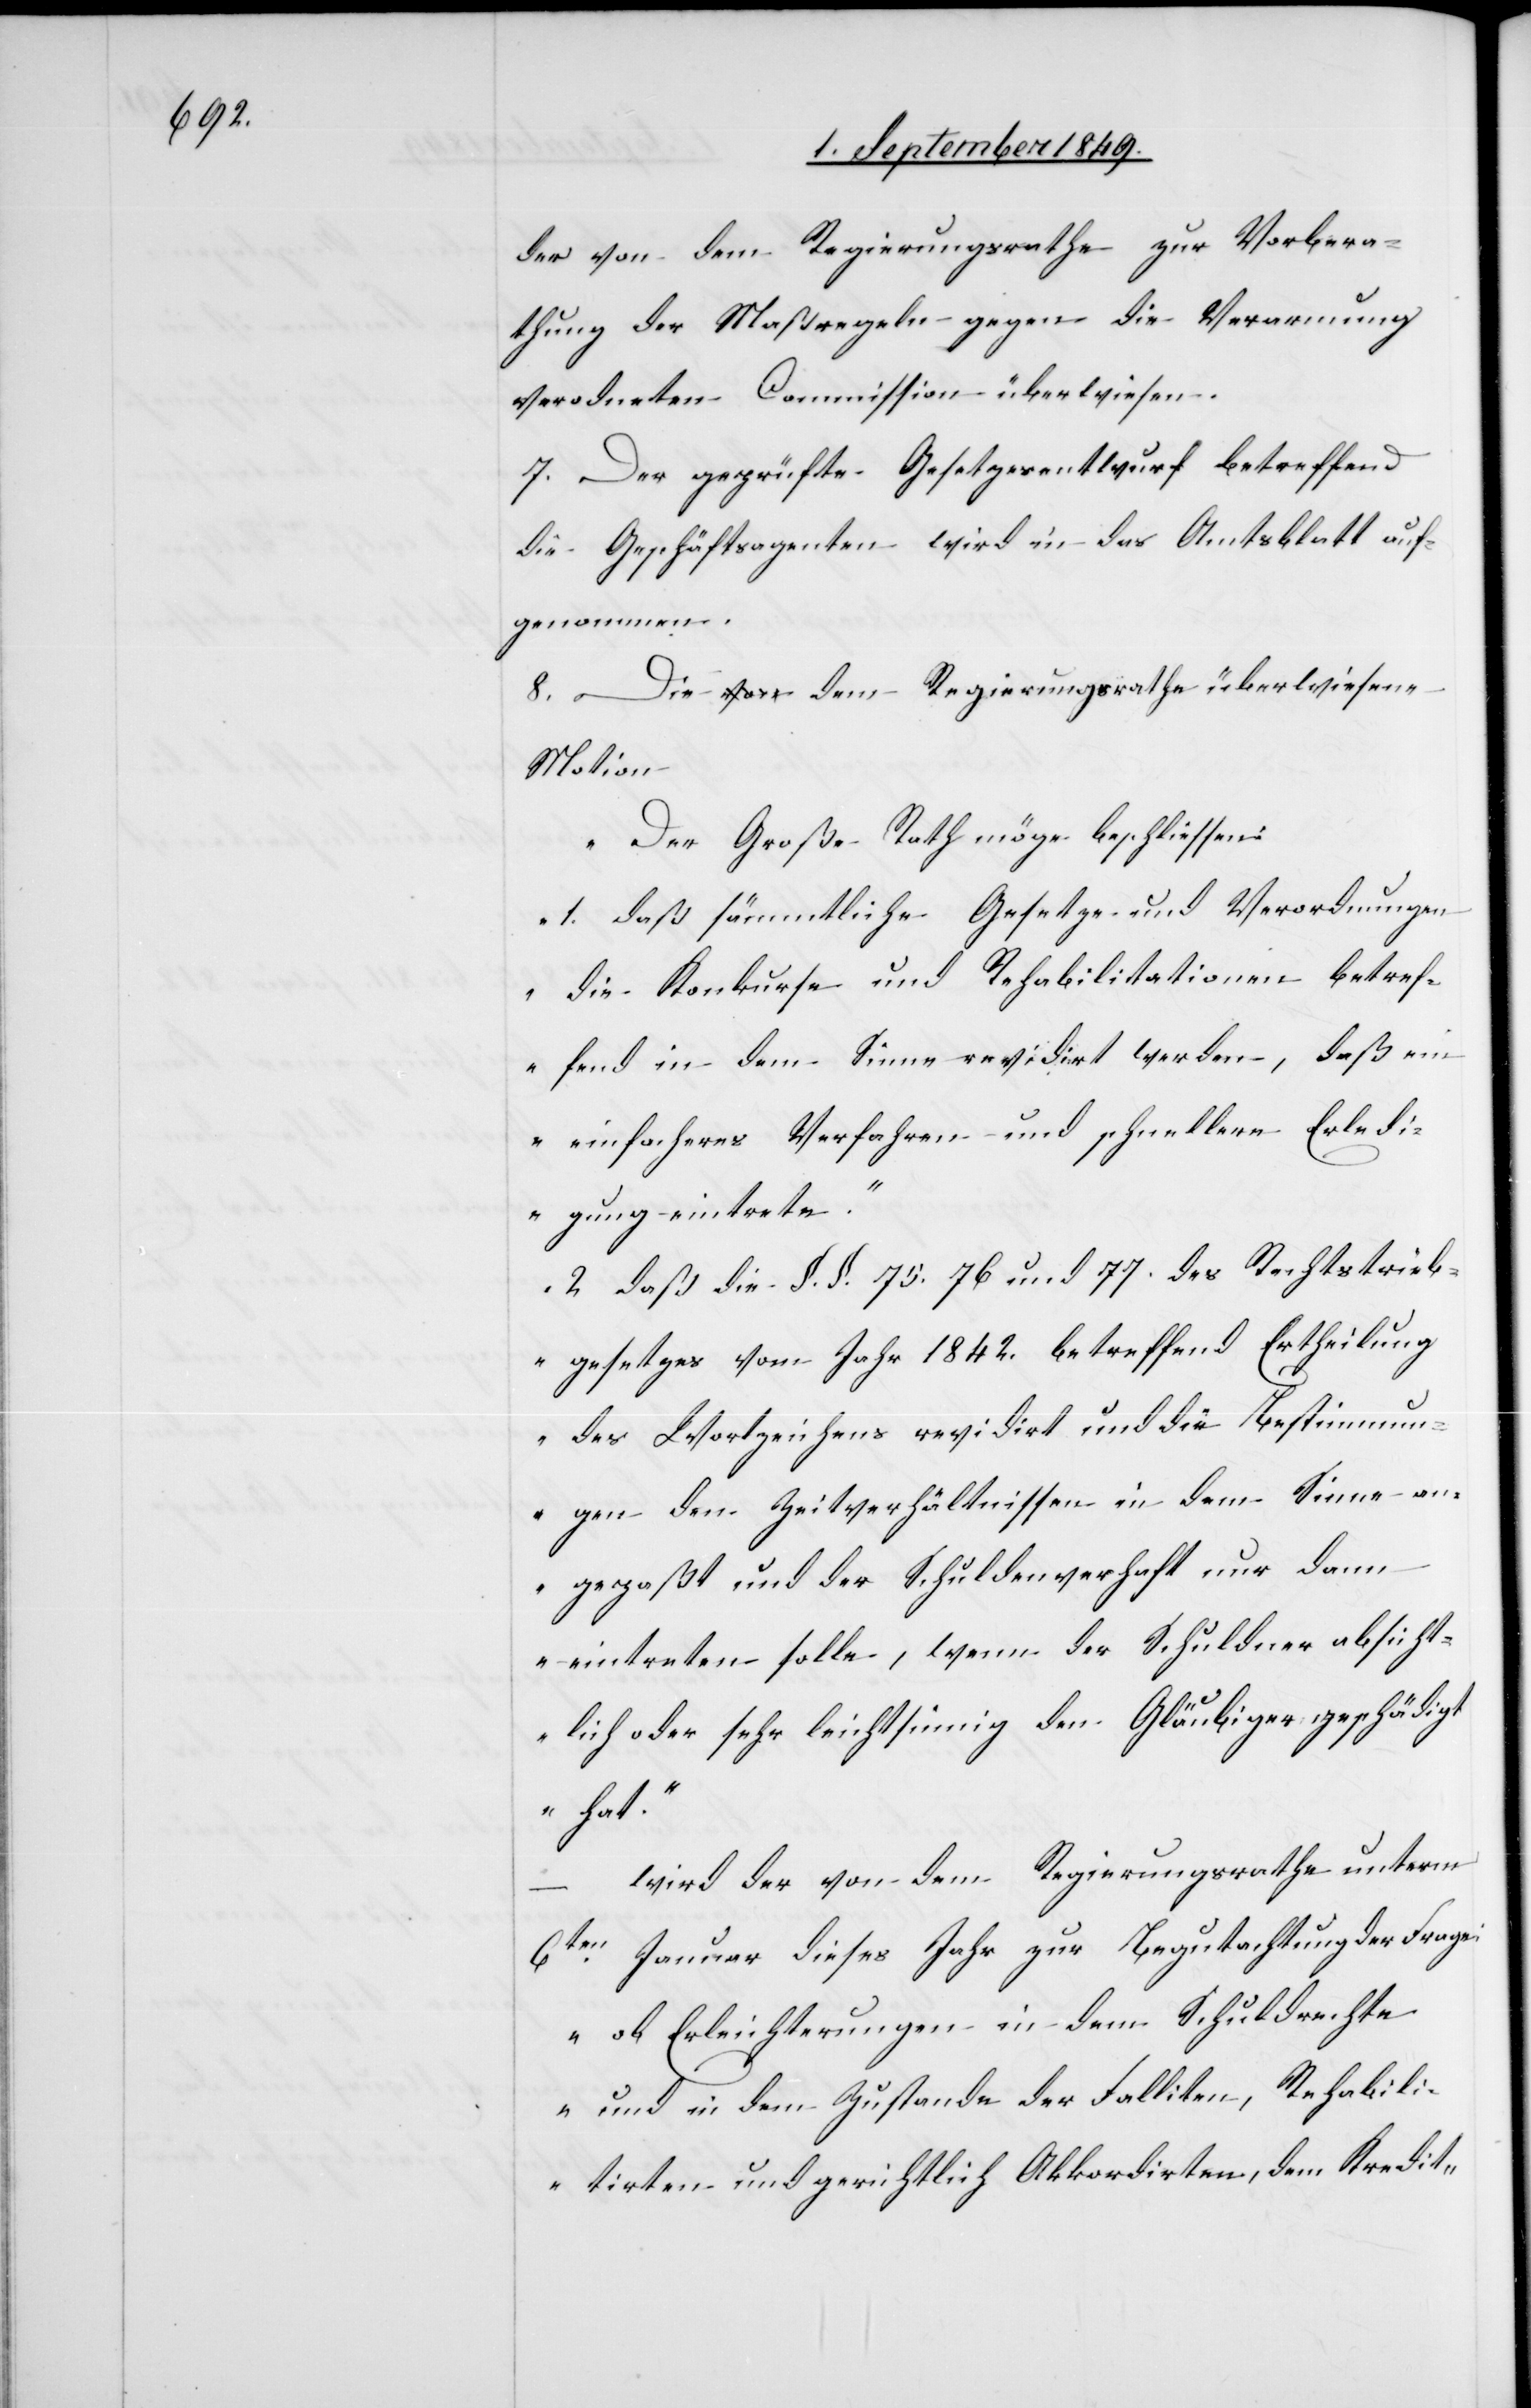
der von dem Regierungsrathe zur Vorbera¬
thung der Maßregeln gegen die Verarmung
verordneten Commission überwiesen.
7. Der geprüfte Gesetzesentwurf betreffend
die Geschäftsagenten wird in das Amtsblatt auf¬
genommen.
8. Die dem Regierungsrathe überwiesene
Motion
„Der Große Rath möge beschliessen:
1. daß sämmtliche Gesetze und Verordnungen
die Konkurse und Rehabilitationen betref¬
fend in dem Sinne revidirt werden, daß ein
einfacheres Verfahren und schnellere Erledi¬
gung eintrete.
2. daß die §. §. 75. 76. und 77. des Rechtstreib¬
gesetzes vom Jahr 1842. betreffend Ertheilung
des Wortzeichens revidirt und die Bestimmun¬
gen dem Zeitverhältnissen in dem Sinne an¬
gepaßt und der Schuldenverhaft nur dann
eintreten solle, wenn der Schuldner absicht¬
lich oder sehr leichtsinnig den Gläubiger geschädigt
hat.“
wird der von dem Regierungsrathe unterm
6ten Januar dieses Jahr zur Begutachtstellung
„ob Erleichterungen in dem Schuldrechte
und in dem Zustande der Falliten, Rehabili¬
tirten und gerichtlich Akkordirten, dem Kredit-